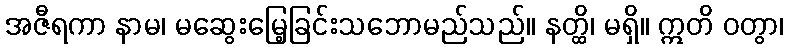
အဇီရကာ နာမ၊ မဆွေးမြေ့ခြင်းသဘောမည်သည်။ နတ္ထိ၊ မရှိ။ ဣတိ ဝတွာ၊